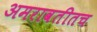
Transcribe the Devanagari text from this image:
अमरावतीतच